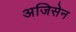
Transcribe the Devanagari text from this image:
अजिसेन